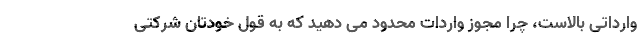
وارداتی بالاست، چرا مجوز واردات محدود می دهید که به قول خودتان شرکتی